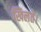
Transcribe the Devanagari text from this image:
खिलते।